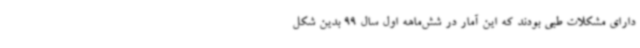
دارای مشکلات طبی بودند که این آمار در شش‌ماهه اول سال 99 بدین شکل